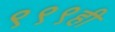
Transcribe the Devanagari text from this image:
९९९ही